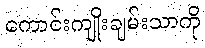
ကောင်းကျိုးချမ်းသာကို